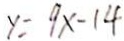
y = 9 x - 1 4